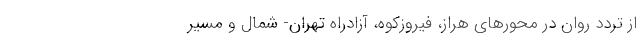
از تردد روان در محورهای هراز، فیروزکوه، آزادراه تهران- شمال و مسیر